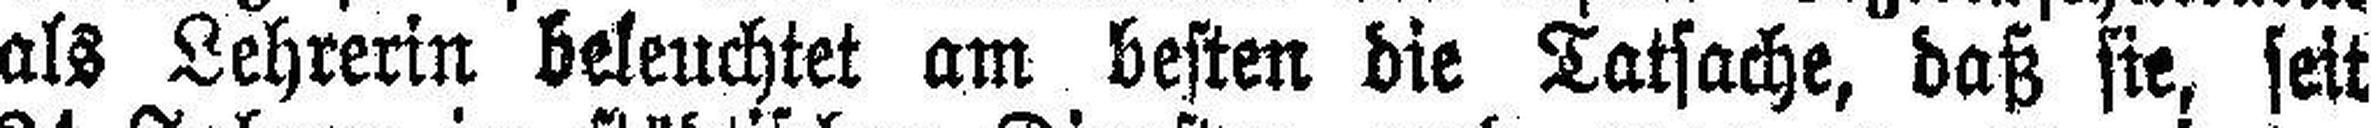
als Lehrerin beleuchtet am besten die Tatsache, daß sie, seit